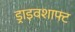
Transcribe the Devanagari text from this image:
ड्राइवशाफ्ट